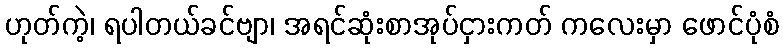
ဟုတ်ကဲ့၊ ရပါတယ်ခင်ဗျာ၊ အရင်ဆုံးစာအုပ်ငှားကတ် ကလေးမှာ ဖောင်ပုံစံ